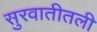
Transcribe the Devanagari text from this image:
सुरवातीतली